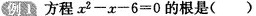
例1 方程 $$x ^ { 2 }- x - 6 = 0$$ 的根是()